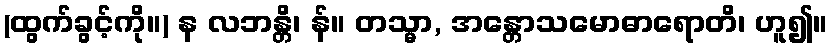
(ထွက်ခွင့်ကို။) န လဘန္တိ၊ န်။ တသ္မာ, အန္တောသမောဓာရောတိ၊ ဟူ၍။